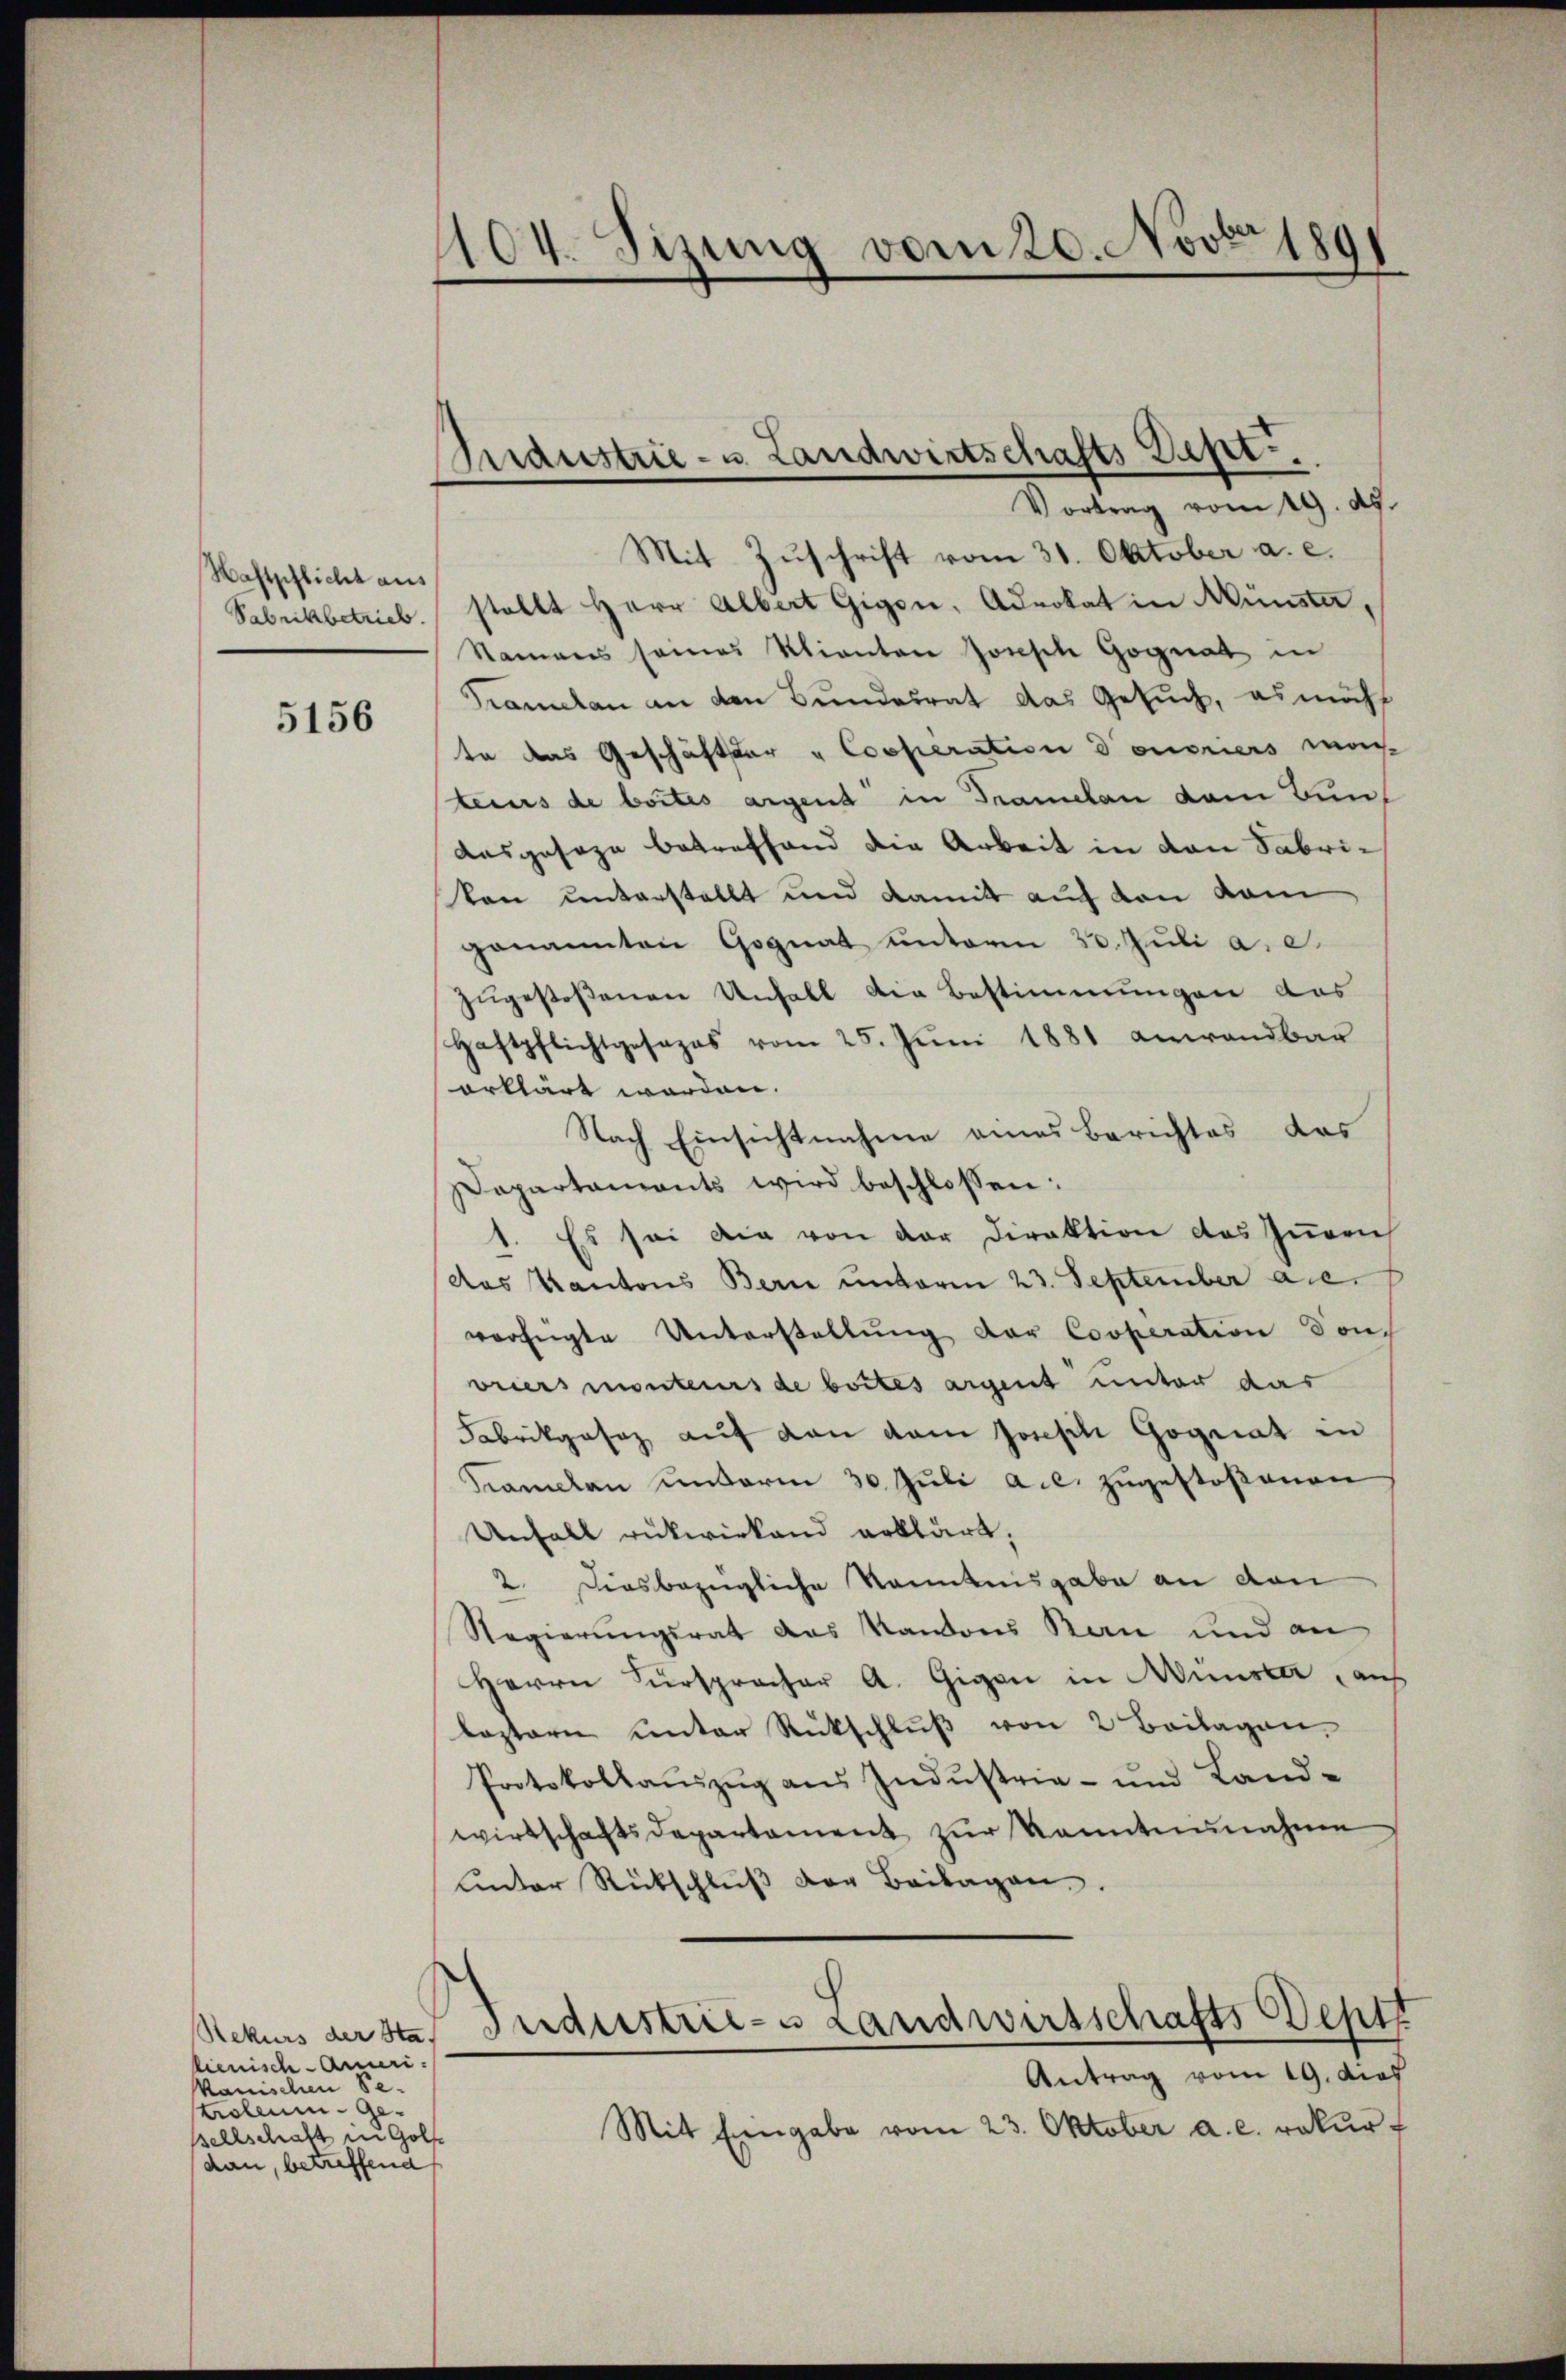
Haftpflicht aus

5156

Rekurs der Sta
lienisch-Amerikanischen Se
troleum- Gesellschaft zu Golf
dan, betreffend

104. Sizung vom 20. Novbr 189

Industrie- u. Landwirtschafts Sept.
Vortrag vom 19. d.

Mit Zuschrift vom 31. Oktober a. c.
Sabrikbetrieb. stellt Herr Albert Gigen, Advokat in Münster,
Namens seines Klianten Joseph Gognat in
Pramelan an den Bundesrat das Gesuch, es möcht
te das Geschäftsar " Cooperation donoriers mac
teius de boites argent in Tramelan dem Bunt
Ausgesage betreffend die Arbeit in von Fabrivon unterstellt und damit auf von dam
genannten Gognat unterm 30. Juli a. c.
zugestoßenen Unfall die Bestimmungen das
Haftpflichtgesezes vom 25. Jŭni 1881 anwendbar
erklärt worden.
Nach Einsichtnahme eines Berichtes das
Departaments wird beschlossen:
1. Es sei die von der Direktion des Inven
das Kantons Bern unterm 23. September a.c.
verfügte Unterstellung der Cooperation don
vriers monteurs de bottes argent unter das
Fabrikgesez auf dan dem Josephi Gogiat in
Kramelan unterm 30. Jŭli a.c. zugestoßenen
Unfall rükwirkend erklärt,
2. Diesbezügliche Kenntnisgabe an den
Regierungsrat das Kantons Bau und an
Herrn Fürspracher A. Gigan in Münster auf
leztern unter Rückschluß von 2 Beilagen,
Protokollaŭszŭg aŭs Indŭstria- und Land-
wirtschaftsdepartament zŭr Kenntnŭnahnen
unter Rückschlŭβ der Beilagen.
Industrie- Landwirtschafts Sept
Antrag vom 19. dies
Mit Eingabe vom 23. Oktober a. c. rekur¬